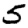
Digit: 5